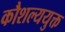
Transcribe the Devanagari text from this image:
कौशल्ययुक्त